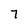
Character: 7